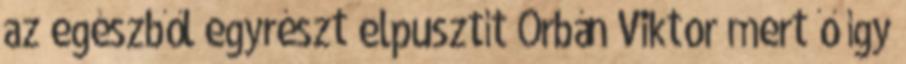
az egészből egyrészt elpusztít Orbán Viktor mert ő így